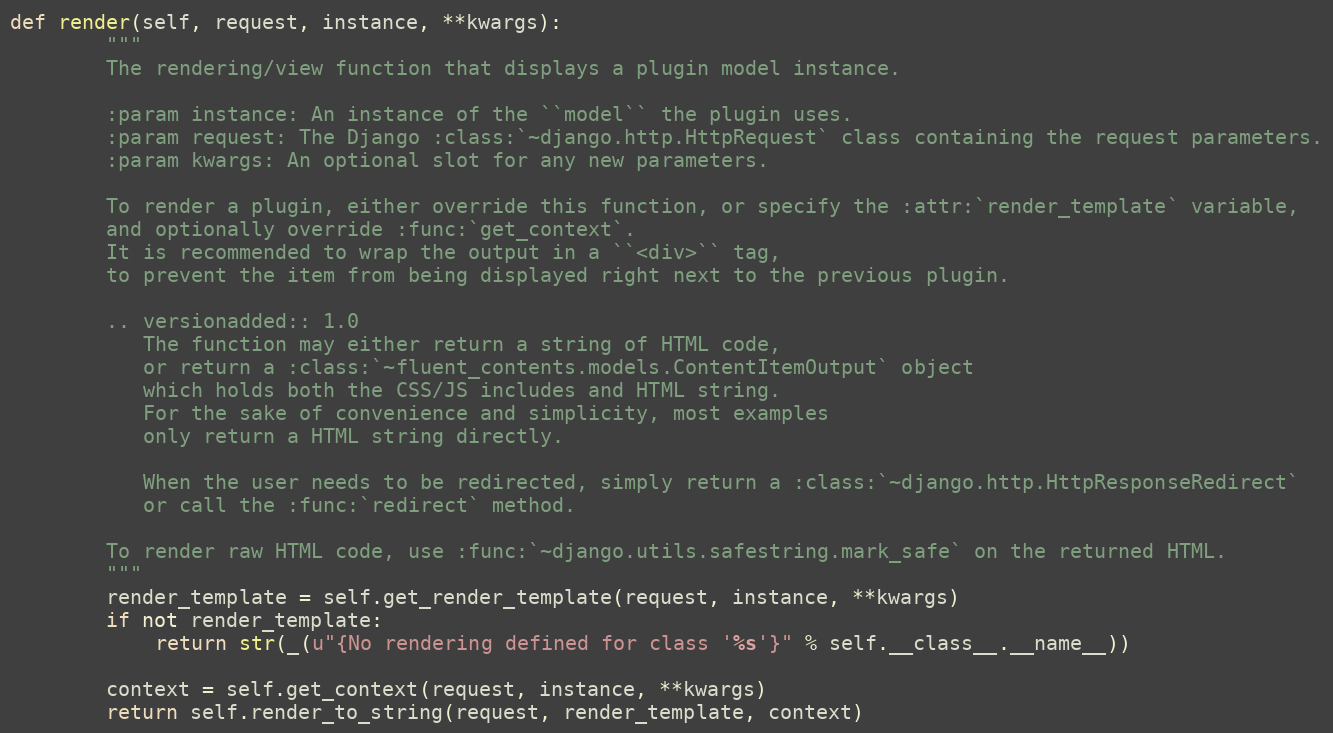
Language: Python
def render(self, request, instance, **kwargs):
        """
        The rendering/view function that displays a plugin model instance.

        :param instance: An instance of the ``model`` the plugin uses.
        :param request: The Django :class:`~django.http.HttpRequest` class containing the request parameters.
        :param kwargs: An optional slot for any new parameters.

        To render a plugin, either override this function, or specify the :attr:`render_template` variable,
        and optionally override :func:`get_context`.
        It is recommended to wrap the output in a ``<div>`` tag,
        to prevent the item from being displayed right next to the previous plugin.

        .. versionadded:: 1.0
           The function may either return a string of HTML code,
           or return a :class:`~fluent_contents.models.ContentItemOutput` object
           which holds both the CSS/JS includes and HTML string.
           For the sake of convenience and simplicity, most examples
           only return a HTML string directly.

           When the user needs to be redirected, simply return a :class:`~django.http.HttpResponseRedirect`
           or call the :func:`redirect` method.

        To render raw HTML code, use :func:`~django.utils.safestring.mark_safe` on the returned HTML.
        """
        render_template = self.get_render_template(request, instance, **kwargs)
        if not render_template:
            return str(_(u"{No rendering defined for class '%s'}" % self.__class__.__name__))

        context = self.get_context(request, instance, **kwargs)
        return self.render_to_string(request, render_template, context)